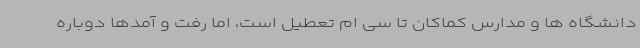
دانشگاه ها و مدارس کماکان تا سی ام تعطیل است، اما رفت و آمدها دوباره